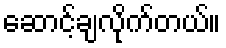
ဆောင့်ချလိုက်တယ်။